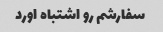
سفارشم رو اشتباه اورد